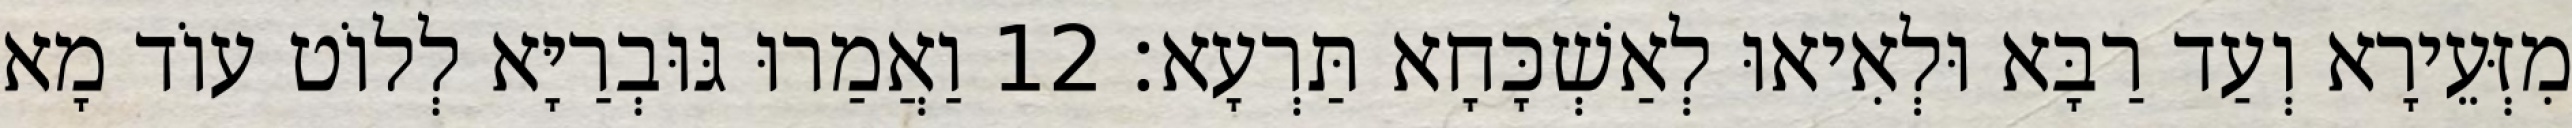
מִזְּעֵירָא וְעַד רַבָּא וּלְאִיאוּ לְאַשְׁכָּחָא תַּרְעָא׃ 12 וַאֲמַרוּ גּוּבְרַיָּא לְלוֹט עוֹד מָא